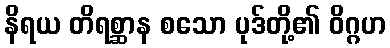
နိရယ တိရစ္ဆာန စသော ပုဒ်တို့၏ ဝိဂ္ဂဟ